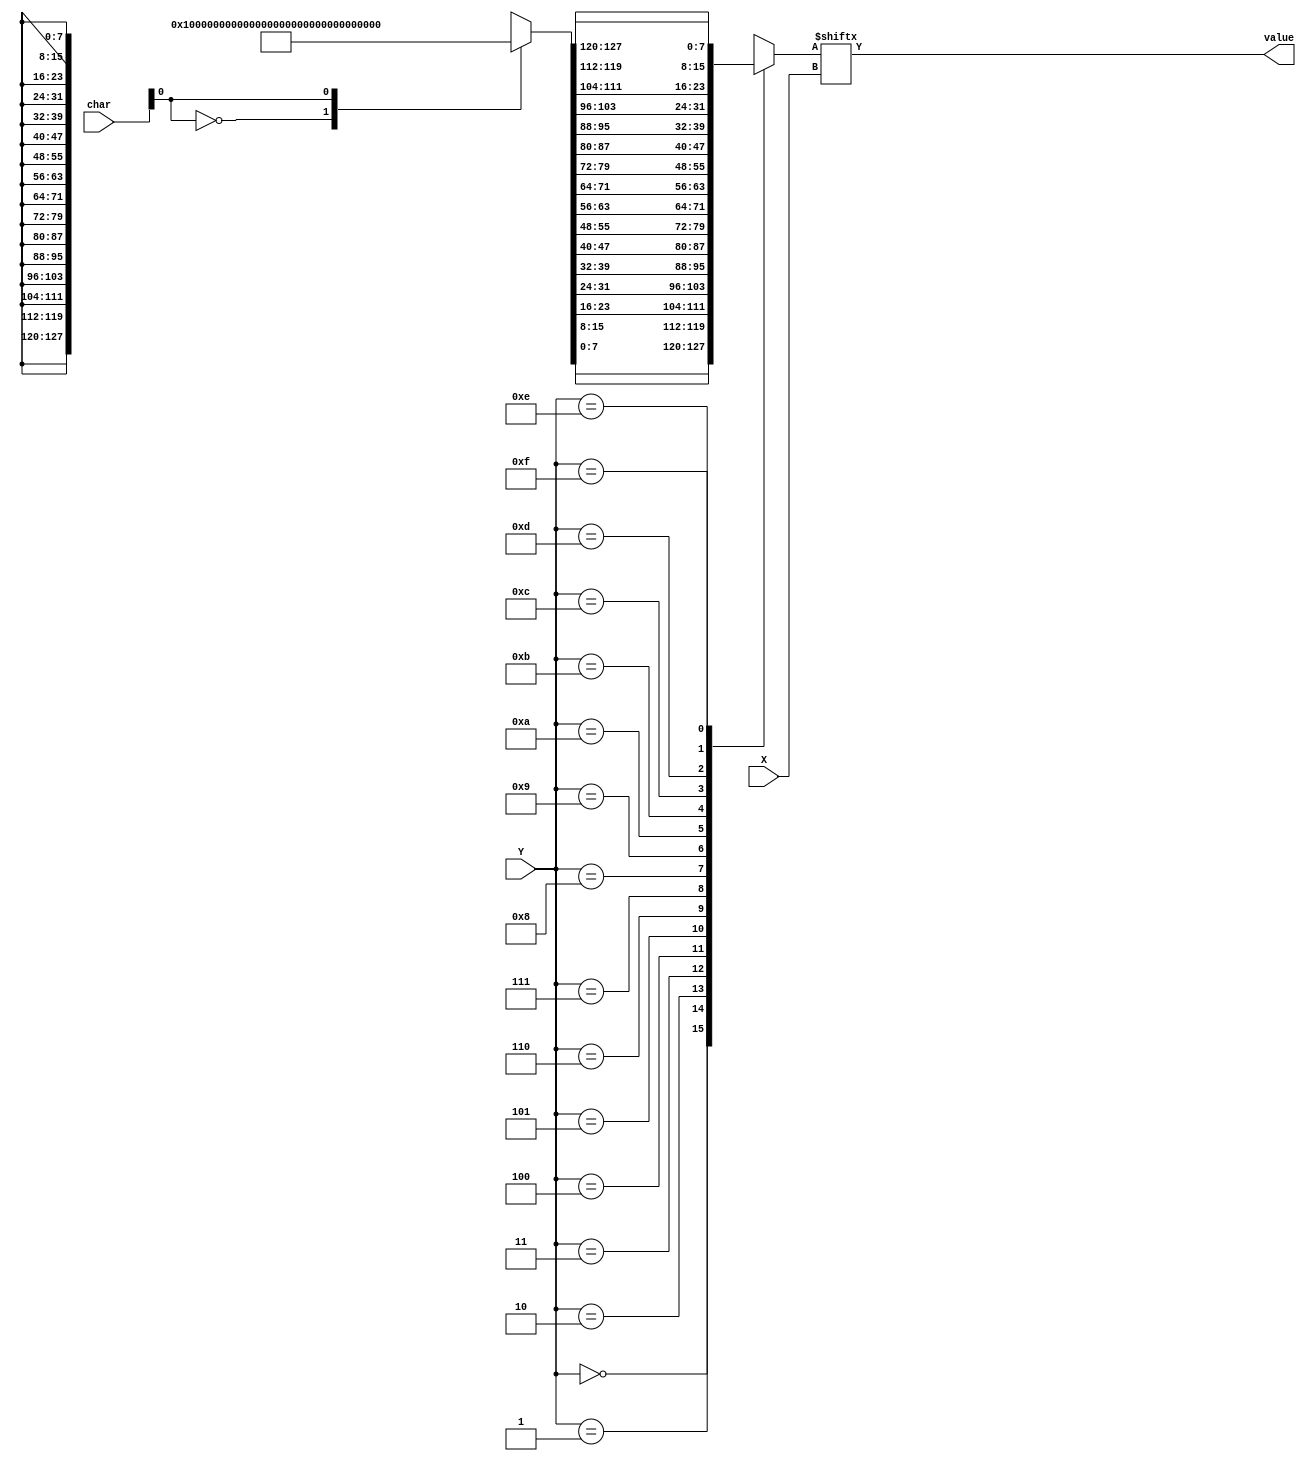
module CharGen(
	input  wire [3 : 0] char,
    input  wire [2 : 0] X,
    input  wire [3 : 0] Y,
	
    output wire value
	);

wire [127:0] matrix [1:0];

assign matrix[0] = 128'b00000000000000000000000000000000000000000000000000000000000000000000000000000000000000000000000000000000000000000000000000000000;
assign matrix[1] = 128'b11111111111111111111111111111111111111111111111111111111111111111111111111111111111111111111111111111111111111111111111111111111;

wire [127 : 0] char_;

assign char_ = matrix[char];

wire [7 : 0] columns [15 : 0];

assign columns[0]  = char_[  7 :   0];
assign columns[1]  = char_[ 15 :   8];
assign columns[2]  = char_[ 23 :  16];
assign columns[3]  = char_[ 31 :  24];
assign columns[4]  = char_[ 39 :  32];
assign columns[5]  = char_[ 47 :  40];
assign columns[6]  = char_[ 55 :  48];
assign columns[7]  = char_[ 63 :  56];
assign columns[8]  = char_[ 71 :  64];
assign columns[9]  = char_[ 79 :  72];
assign columns[10] = char_[ 87 :  80];
assign columns[11] = char_[ 95 :  88];
assign columns[12] = char_[103 :  96];
assign columns[13] = char_[111 : 104];
assign columns[14] = char_[119 : 112];
assign columns[15] = char_[127 : 120];

wire [7 : 0] column = columns[Y];

assign value = column[X];

endmodule